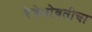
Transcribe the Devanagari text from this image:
रेषेभोवतीचा